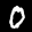
Label: 0